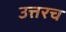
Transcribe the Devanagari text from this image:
उत्तरच